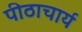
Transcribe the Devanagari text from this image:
पीठाचार्य